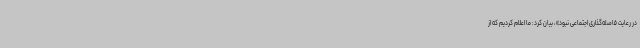
در رعایت فاصله‌گذاری اجتماعی نبود»، بیان کرد: ما اعلام کردیم که از